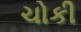
ચોકી